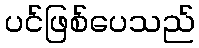
ပင်ဖြစ်ပေသည်